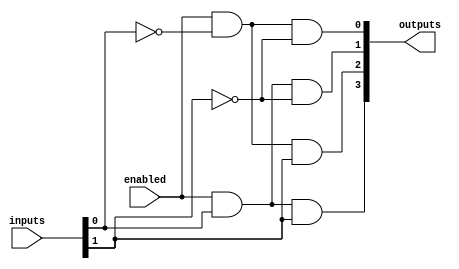
`timescale 1ns / 1ps
//////////////////////////////////////////////////////////////////////////////////
// Company: 
// Engineer: 
// 
// Design Name: 
// Module Name:    decoder_4x2 
// Project Name: 
// Target Devices: 
// Tool versions: 
// Description: 
//
// Dependencies: 
//
// Revision: 
// Revision 0.01 - File Created
// Additional Comments: 
//
//////////////////////////////////////////////////////////////////////////////////
module decoder_2x4(
		input [1:0] inputs,
		input enabled,
		output [3:0] outputs
    );
	 
	 wire [1:0] inputs_not;
	 
	 // NOTs
	 not
		n0 (inputs_not[0], inputs[0]),
		n1 (inputs_not[1], inputs[1]);
	 
	 // ANDs
	 and
		D2 (outputs[0], enabled, inputs_not[0], inputs_not[1]),
		D3 (outputs[1], enabled, inputs[0], inputs_not[1]),
		D4 (outputs[2], enabled, inputs_not[0], inputs[1]),
		D5 (outputs[3], enabled, inputs[0], inputs[1]);

endmodule